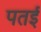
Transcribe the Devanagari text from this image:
पतई